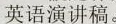
英语演讲稿。